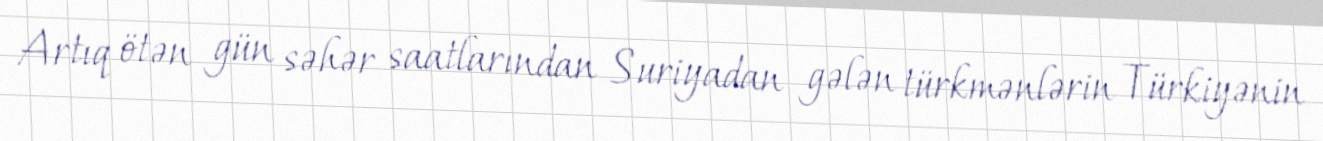
Artıq ötən gün səhər saatlarından Suriyadan gələn türkmənlərin Türkiyənin